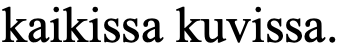
kaikissa kuvissa.